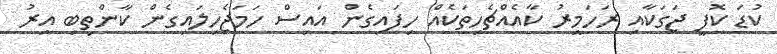
ކުޑަ ކޮފީ ޖަގަކާއި ރަހަމީރު ކާއެއްޗެހިތަކެއް ހިފައިގެން އައިސް ހަމަޖެހިލައިގެން ކާންތިބި އިރު